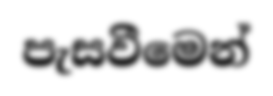
පැසවීමෙන්